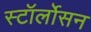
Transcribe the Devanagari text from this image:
स्टॉर्लोसन